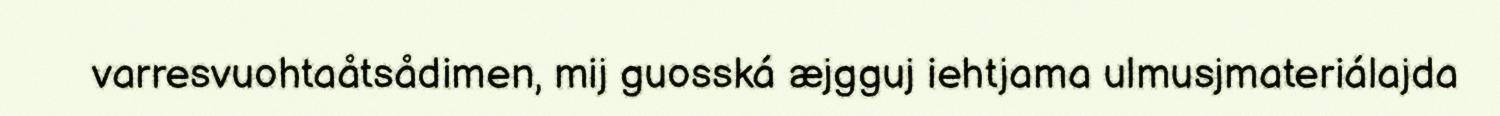
varresvuohtaåtsådimen, mij guosská æjgguj iehtjama ulmusjmateriálajda